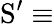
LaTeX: \mathrm{S}^{\prime}\equiv